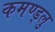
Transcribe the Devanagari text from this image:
कमण्ड्लु